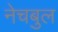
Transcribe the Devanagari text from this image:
नेचबुल